Civil Veterinary Dept. North-West Frontier Province 1923-32 - 1923-1932
Year: 1923
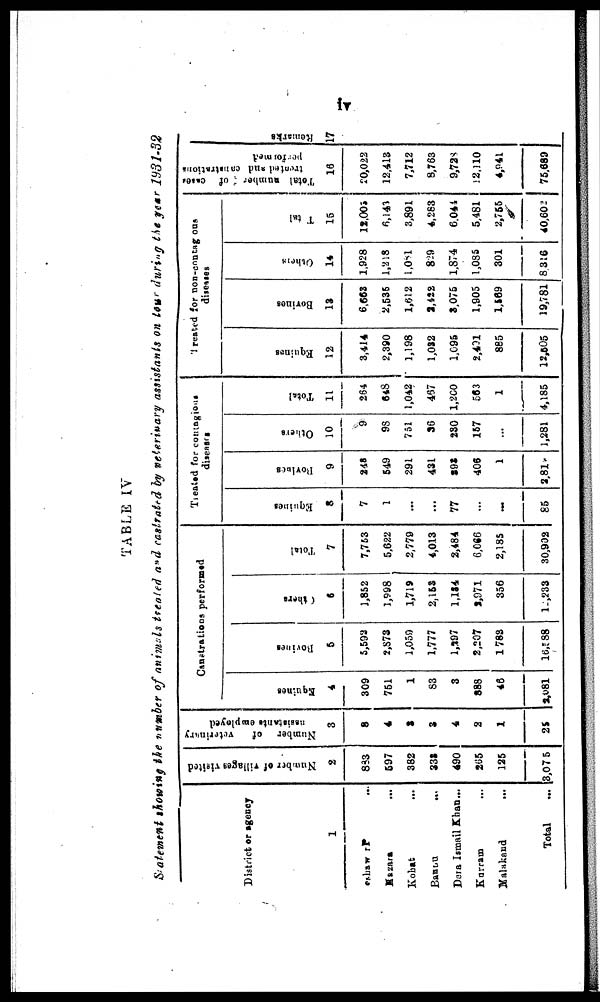
iv
TABLE IV
Statement showing the number of animals treated and castrated by veterinary assistants on tour during the year 1931-32
District or agency
1
Peshawar ...
Kazara ...
Kohat
...
Bannu
...
Dera Ismail Khan...
Kurram ...
Malakand
...
Total …
Number of villages visited
2
883
597
382
332
490
265
125
3,075
Number of
veterinery
assistants employed
3
8
4
3
3
4
2
1
25
Canstrations performed
Equines
4
309
751
1
83
3
888
46
2,081
Bovines
5
5,593
2,873
1,059
1,777
1,297
2,207
1783
16,588
Othere
6
1,852
1,998
1,719
2,153
1,134
2,971
356
12,233
Total
7
7,753
5,622
2,779
4,013
2,484
6,666
2,185
30,902
Treated for contagious
diseases
Equines
8
7
1
...
...
77
...
...
85
Bovines
9
248
549
291
431
392
406
1
2,818
Others
10
9
98
751
36
230
157
...
1,281
Total
11
264
648
1,042
467
1,200
563
1
4,185
Trested for non-contagious
diseases
Equines
12
3,414
2,390
1,198
1,032
1,095
2,491
885
12,505
Bovines
13
6,663
2,535
1,612
2,422
3,075
1,905
1,569
19,781
Others
14
1,928
1,218
1,081
829
1,874
1,085
301
8,316
Total
15
12,005
6,143
3,891
4,283
6,044
5,481
2,755
40,602
Total number of cases
treated
and
canatrations
16
20,022
12,413
7,712
8,763
9,728
12,110
4,941
75,689
Remarks
17